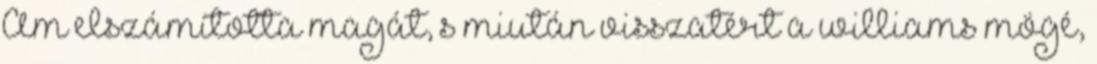
Ám elszámította magát, s miután visszatért a williams mögé,